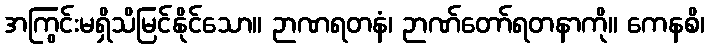
အကြွင်းမရှိသိမြင်နိုင်သော။ ဉာဏရတနံ၊ ဉာဏ်တော်ရတနာကို။ ကေနစိ၊